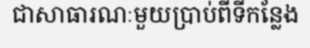
ជាសាធារណៈមួយប្រាប់ពីទីកន្លែង